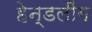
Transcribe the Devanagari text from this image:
हेन्डलींग